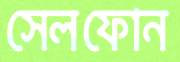
সেলফোন